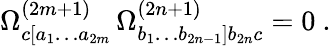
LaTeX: \Omega_{c[a_{1}\ldots a_{2m}}^{(2m+1)}\, \Omega_{b_{1}\ldots b_{2n-1}]b_{2n}c}^{(2n+1)}=0\ .